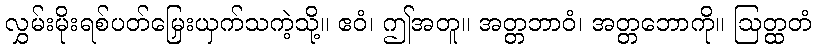
လွှမ်းမိုးရစ်ပတ်မြှေးယှက်သကဲ့သို့။ ဧဝံ၊ ဤအတူ။ အတ္တဘာဝံ၊ အတ္တဘောကို။ ဩတ္ထတံ